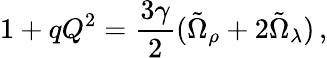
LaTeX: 1+qQ^{2}=\frac{3\gamma}{2}(\tilde{\Omega}_{\rho}+2\tilde{\Omega}_{\lambda})\, ,